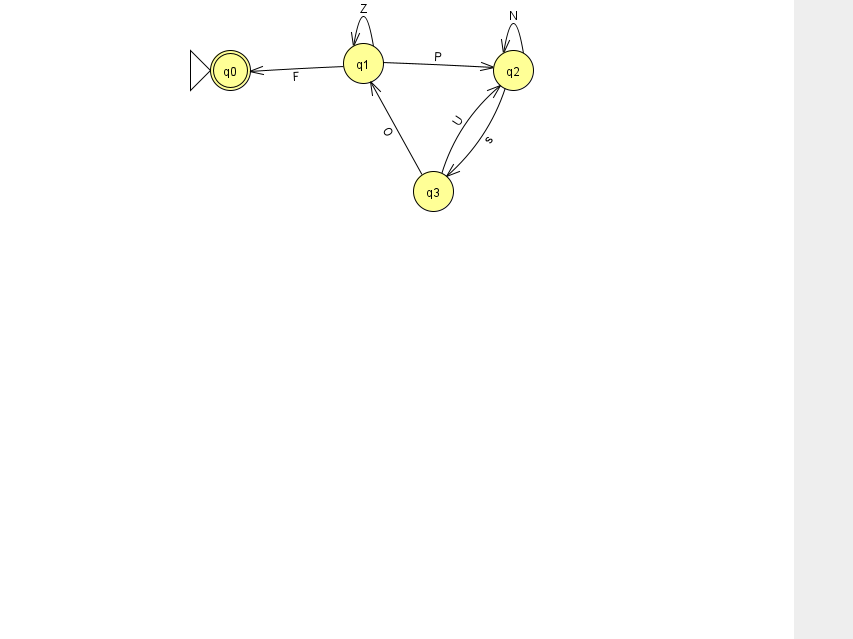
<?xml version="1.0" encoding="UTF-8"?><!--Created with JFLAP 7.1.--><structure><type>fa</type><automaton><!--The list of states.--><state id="0" name="q0"><x>230.0</x><y>57.0</y><initial/><final/></state><state id="1" name="q1"><x>363.0</x><y>50.0</y></state><state id="2" name="q2"><x>513.0</x><y>57.0</y></state><state id="3" name="q3"><x>433.0</x><y>178.0</y></state><!--The list of transitions.--><transition><from>1</from><to>0</to><read>F</read></transition><transition><from>3</from><to>2</to><read>U</read></transition><transition><from>1</from><to>1</to><read>Z</read></transition><transition><from>1</from><to>2</to><read>P</read></transition><transition><from>2</from><to>2</to><read>N</read></transition><transition><from>2</from><to>3</to><read>s</read></transition><transition><from>3</from><to>1</to><read>O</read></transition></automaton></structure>